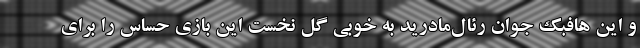
و این هافبک جوان رئال‌مادرید به خوبی گل نخست این بازی حساس را برای